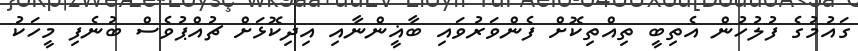
ގައުމުގެ ފުލުހުން އެތިބީ ތިއްތިކޮށް ފެންވަރުވައި ބާޣީންނާއި އިދިކޮޅަށް ޗުއްޕުވެސް ބުނެފި މީހަކު